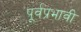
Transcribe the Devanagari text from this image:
पूर्वप्रभावी